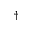
\dagger